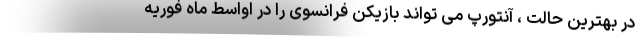
در بهترین حالت ، آنتورپ می تواند بازیکن فرانسوی را در اواسط ماه فوریه